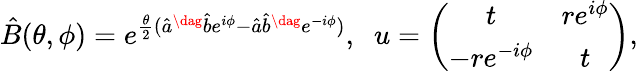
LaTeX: \hat{B}(\theta,\phi)=e^{\frac{\theta}{2}(\hat{a}^{\dag}\hat{b}e^{i\phi}-\hat{a}\hat{b}^{\dag}e^{-i\phi})},\; \; u=\left(\begin{array}{cc}{t}&{re^{i\phi}}\\ {-re^{-i\phi}}&{t}\end{array}\right),